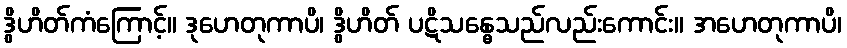
ဒွိဟိတ်ကံကြောင့်။ ဒုဟေတုကာပိ၊ ဒွိဟိတ် ပဋိသန္ဓေသည်လည်းကောင်း။ အဟေတုကာပိ၊